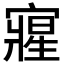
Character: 𭔘